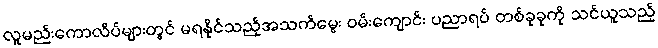
လူမည်းကောလိပ်များတွင် မရနိုင်သည့်အသက်မွေး ဝမ်းကျောင်း ပညာရပ် တစ်ခုခုကို သင်ယူသည့်